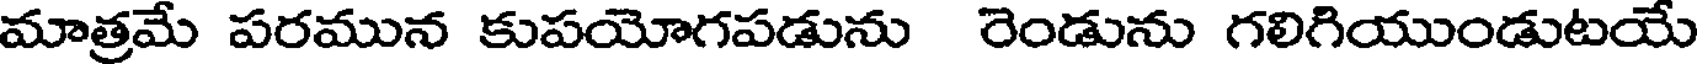
మాత్రమే పరమున కుపయోగపడును రెండును గలిగియుండుటయే